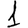
Digit: 1